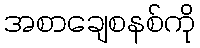
အစာချေစနစ်ကို